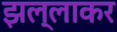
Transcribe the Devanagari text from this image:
झल्लाकर